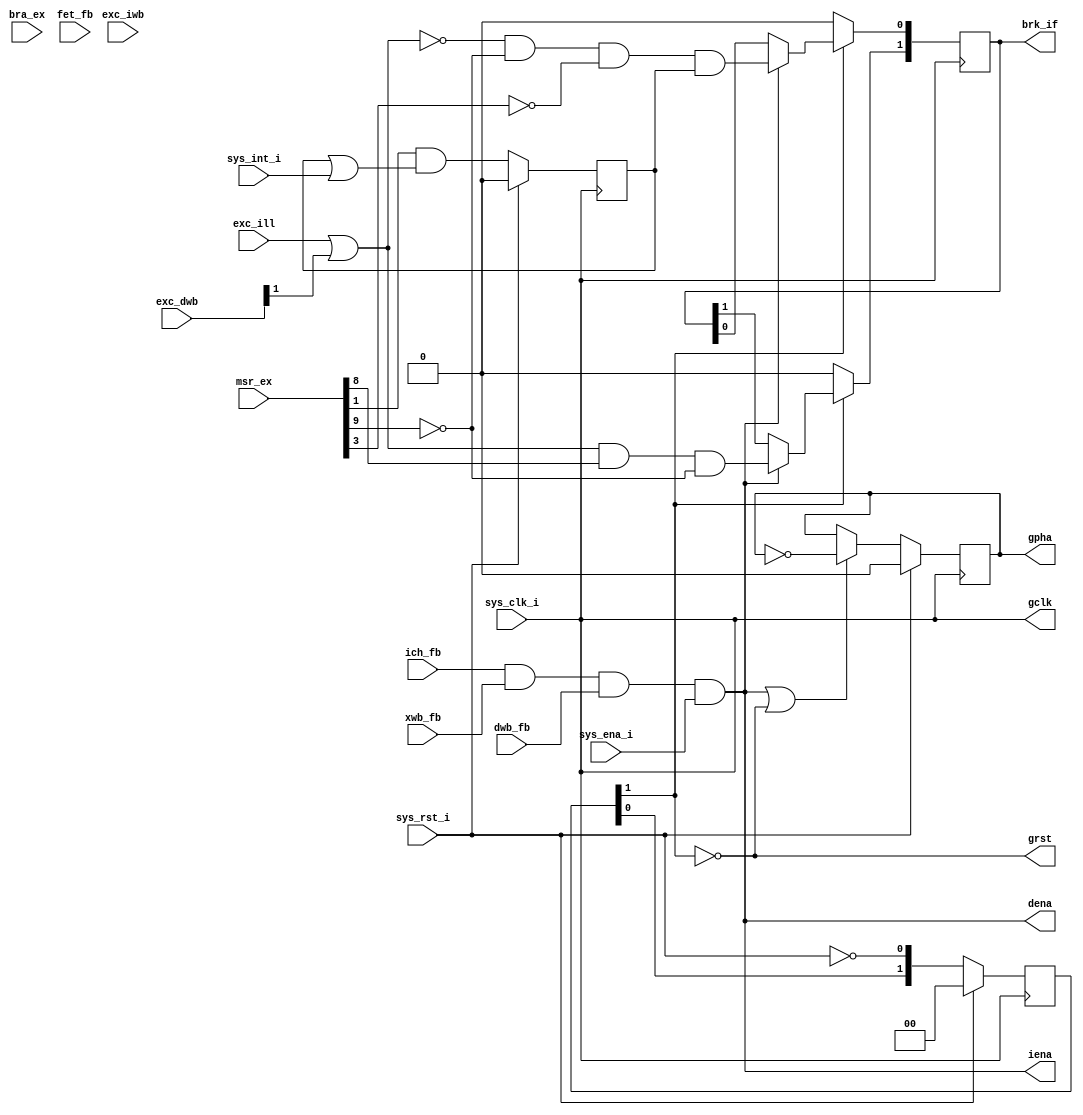
/* $Id: aeMB2_pipe.v,v 1.4 2008-05-01 08:32:58 sybreon Exp $
**
** AEMB2 EDK 6.2 COMPATIBLE CORE
** Copyright (C) 2004-2008 Shawn Tan <shawn.tan@aeste.net>
**  
** This file is part of AEMB.
**
** AEMB is free software: you can redistribute it and/or modify it
** under the terms of the GNU Lesser General Public License as
** published by the Free Software Foundation, either version 3 of the
** License, or (at your option) any later version.
**
** AEMB is distributed in the hope that it will be useful, but WITHOUT
** ANY WARRANTY; without even the implied warranty of MERCHANTABILITY
** or FITNESS FOR A PARTICULAR PURPOSE.  See the GNU Lesser General
** Public License for more details.
**
** You should have received a copy of the GNU Lesser General Public
** License along with AEMB. If not, see <http:**www.gnu.org/licenses/>.
*/
/**
 * System signal controller
 * @file aeMB2_pipe.v

 * Generates clock, reset, and enable signals. Hardware clock/reset
   managers can be instantiated here.
 
 */
`timescale  1ns/1ps
module aeMB2_pipe (/*AUTOARG*/
   // Outputs
   brk_if, gpha, gclk, grst, dena, iena,
   // Inputs
   bra_ex, dwb_fb, xwb_fb, ich_fb, fet_fb, msr_ex, exc_dwb, exc_iwb,
   exc_ill, sys_clk_i, sys_int_i, sys_rst_i, sys_ena_i
   );
   parameter AEMB_HTX = 1;   

   output [1:0] brk_if; 
   input [1:0] 	bra_ex;
   input 	dwb_fb;
   input 	xwb_fb;   
   input 	ich_fb;
   input 	fet_fb;
   input [9:0] 	msr_ex;   
   
   output 	gpha,
		gclk,
		grst,
		dena,
		iena;   

   input [1:0] 	exc_dwb;
   input 	exc_iwb;
   input 	exc_ill;   
   
   input 	sys_clk_i,
		sys_int_i,
		sys_rst_i,
		sys_ena_i;
   
   /*AUTOREG*/
   // Beginning of automatic regs (for this module's undeclared outputs)
   reg [1:0]		brk_if;
   reg			gpha;
   // End of automatics
   reg [1:0] 		rst;   
   reg 			por;
   reg 			fet;
   reg 			hit;   
   
   // Instantiate clock/reset managers
   assign 		gclk = sys_clk_i;
   assign 		grst = !rst[1];

   // run instruction side pipeline
   assign 		iena = ich_fb &
			       xwb_fb & 
			       dwb_fb & 
			       sys_ena_i;
   // run data side pipeline
   assign 		dena = iena;

   // interrupt process - latches onto any interrupt until it is handled
   reg 			int_lat; ///< interrupt latch
			
   always @(posedge sys_clk_i)
     if (sys_rst_i) begin
	/*AUTORESET*/
	// Beginning of autoreset for uninitialized flops
	int_lat <= 1'h0;
	// End of automatics
     end else begin	
	int_lat <= #1 msr_ex[1] & (int_lat | sys_int_i);	
     end

   // exception process - exceptions handled immediately
   wire 		exc_lat; ///< exception latch
   assign exc_lat = exc_ill | exc_dwb[1];   

   always @(posedge gclk)
     if (grst) begin
	/*AUTORESET*/
	// Beginning of autoreset for uninitialized flops
	brk_if <= 2'h0;
	// End of automatics
     end else if (dena) begin	
	brk_if[1] <= #1 exc_lat & msr_ex[8] & !msr_ex[9]; // HIGH PRIORITY - exception
	brk_if[0] <= #1 !exc_lat & !msr_ex[9] & !msr_ex[3] & int_lat; // LOW PRIORITY - interrupt (not BIP/EIP)
     end
   
   // RESET DELAY
   always @(posedge sys_clk_i)
     if (sys_rst_i) begin
	/*AUTORESET*/
	// Beginning of autoreset for uninitialized flops
	rst <= 2'h0;
	// End of automatics
     end else begin
	rst <= #1 {rst[0], !sys_rst_i};
     end

   // PHASE TOGGLE
   always @(posedge sys_clk_i)
     if (sys_rst_i) begin
	/*AUTORESET*/
	// Beginning of autoreset for uninitialized flops
	gpha <= 1'h0;
	// End of automatics
     end else if (dena | grst) begin
	gpha <= #1 !gpha;
     end
   
endmodule // aeMB2_pipe